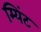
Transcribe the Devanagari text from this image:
म्यिंट